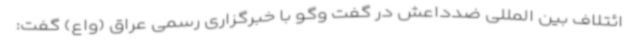
ائتلاف بین المللی ضدداعش در گفت وگو با خبرگزاری رسمی عراق (واع) گفت: